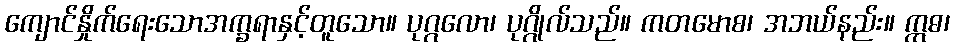
ကျောင်နှိုက်ရေးသောအက္ခရာနှင့်တူသော။ ပုဂ္ဂလော၊ ပုဂ္ဂိုလ်သည်။ ကတမောစ၊ အဘယ်နည်း။ ဣဓ၊